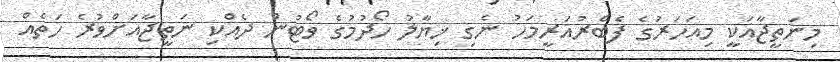
މިނަތީޖާއަކީ މިއަހަރުގެ ފެބްރުއަރީމަހު ނެގި ޚިޔާލު ހޯދުމުގެ ވޯޓުން ދެއްކި ނަތީޖާއަށްވުރެ ހަތެއް